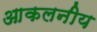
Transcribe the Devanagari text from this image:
आकलनीय